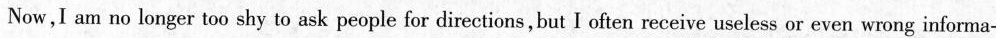
Now,I am no longer too shy to ask people for directions,but I often receive useless or even wrong informa-